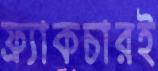
ফ্র্যাকচারই